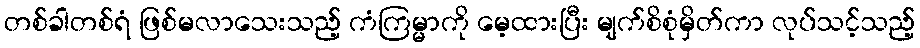
တစ်ခါတစ်ရံ ဖြစ်မလာသေးသည့် ကံကြမ္မာကို မေ့ထားပြီး မျက်စိစုံမှိတ်ကာ လုပ်သင့်သည့်